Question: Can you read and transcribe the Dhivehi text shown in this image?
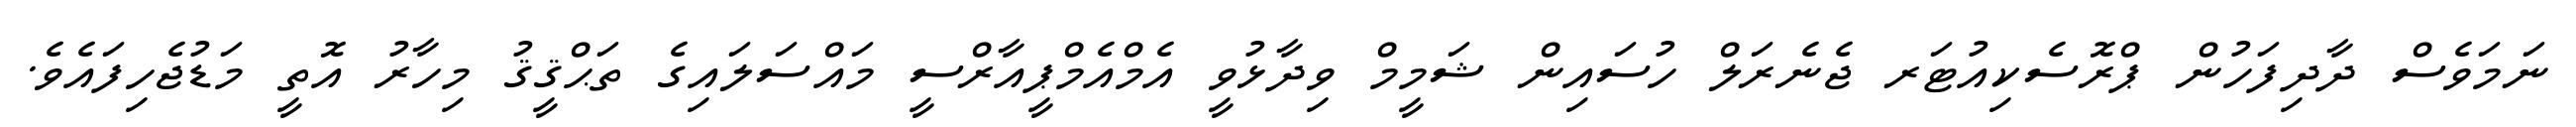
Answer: ނަމަވެސް ދާދިފަހުން ޕްރޮސެކިއުޓަރ ޖެނެރަލް ހުސައިން ޝަމީމް ވިދާޅުވީ އެމްއެމްޕީއާރްސީ މައްސަލައިގެ ތަޙްޤީޤު މިހާރު އޮތީ މަޑުޖެހިފައެވެ.